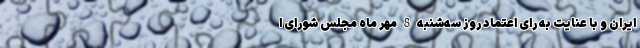
ایران و با عنایت به رای اعتماد روز سه‌شنبه 8 مهر ماه مجلس شورای ا